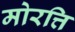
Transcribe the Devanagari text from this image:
मोरत्ति